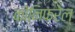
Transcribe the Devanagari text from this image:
कोनिफरेल्